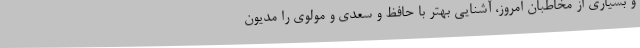
و بسیاری از مخاطبان امروز، آشنایی بهتر با حافظ و سعدی و مولوی را مدیون